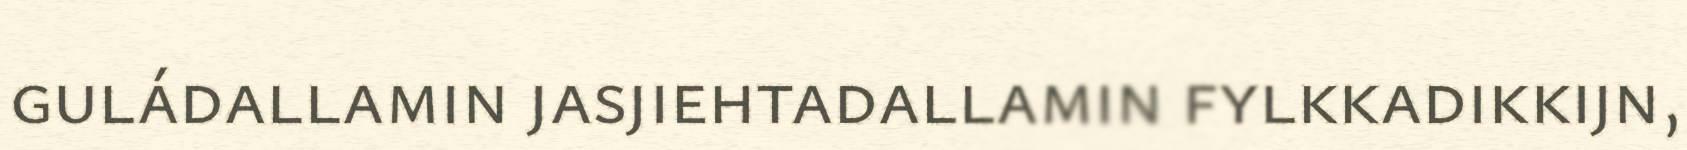
guládallamin jasjiehtadallamin fylkkadikkijn,